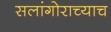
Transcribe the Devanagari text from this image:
सलांगोराच्याच